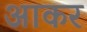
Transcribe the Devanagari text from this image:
अाकर